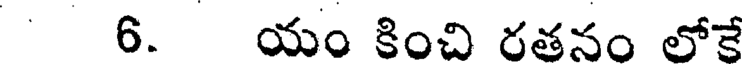
6. యం కించి రతనం లోకే